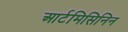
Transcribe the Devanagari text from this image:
आर्टमिसिनिन